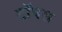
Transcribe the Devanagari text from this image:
टॉपस